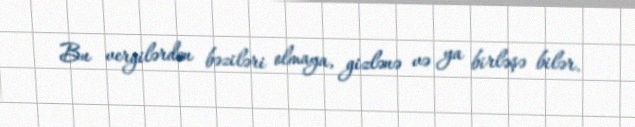
Bu vergilərdən bəziləri olmaya, gizlənə və ya birləşə bilər.